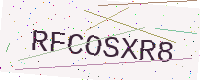
Text: RFCOSXR8